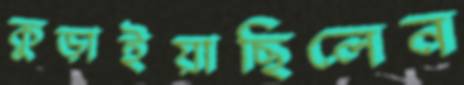
কুড়াইয়াছিলেন